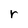
Character: r